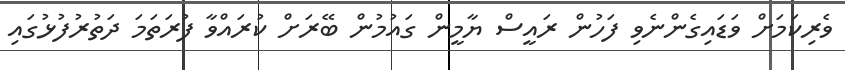
ވެރިކަމަށް ވަޑައިގެންނެވި ފަހުން ރައީސް ޔާމީން ގައުމުން ބޭރަށް ކުރައްވާ ފުރަތަމަ ދަތުރުފުޅުގައި